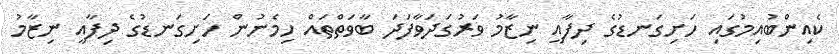
ކެއިންބުއިމުގައި ހަށިގަނޑުގެ ދިފާއީ ނިޒާމު ވަރުގަދަވާފަދަ ބާވަތްތައް ހިމެނުން ހަށިގަނޑުގެ ދިފާއީ ނިޒާމު